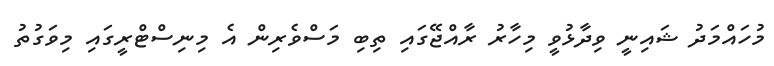
މުހައްމަދު ޝައިނީ ވިދާޅުވީ މިހާރު ރާއްޖޭގައި ތިބި މަސްވެރިން އެ މިނިސްޓްރީގައި މިވަގުތު